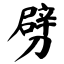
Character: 劈